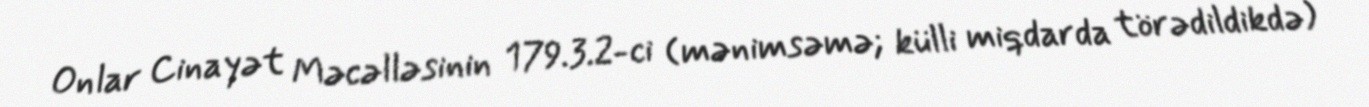
Onlar Cinayət Məcəlləsinin 179.3.2-ci (mənimsəmə; külli miqdarda törədildikdə)